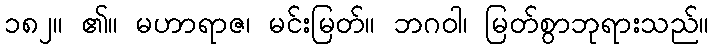
၁၈၂။ ၏။ မဟာရာဇ၊ မင်းမြတ်။ ဘဂဝါ၊ မြတ်စွာဘုရားသည်။